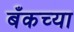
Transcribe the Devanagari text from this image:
बँकच्या